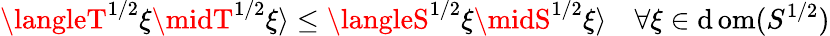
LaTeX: \langleT^{1/2}\xi\midT^{1/2}\xi\rangle\leq\langleS^{1/2}\xi\midS^{1/2}\xi\rangle\quad\forall\xi\in\operatorname{\mathrm{d}om}(S^{1/2})